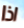
اذا